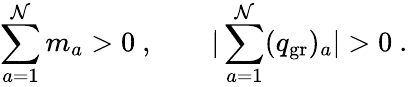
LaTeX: \sum_{a=1}^{\mathcal{N}}m_{a}>0\ ,\qquad|\sum_{a=1}^{\mathcal{N}}(q_{\mathrm{{gr}}})_{a}|>0\ .